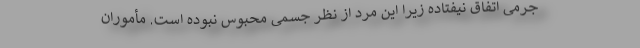
جرمی اتفاق نیفتاده زیرا این مرد از نظر جسمی محبوس نبوده است. مأموران